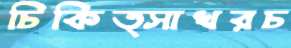
চিকিত্সাখরচ